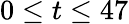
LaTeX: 0\le t\le 47